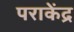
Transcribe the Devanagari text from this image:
पराकेंद्र